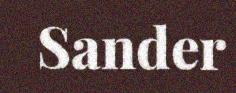
Sander